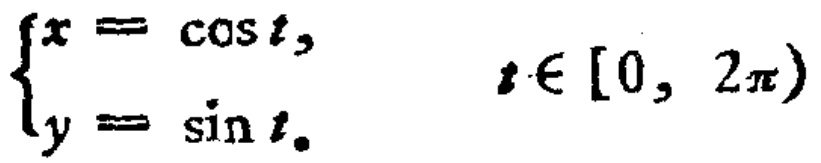
\(\begin{cases}x = \cos t,\\y = \sin t.\end{cases}\) \(t\in[0, 2\pi)\)